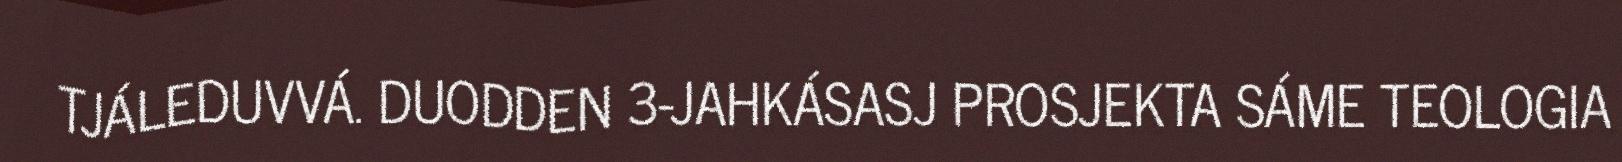
TJÁLEDUVVÁ. DUODDEN 3-JAHKÁSASJ PROSJEKTA SÁME TEOLOGIA